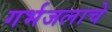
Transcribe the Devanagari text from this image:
गर्भजलाचे